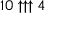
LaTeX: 1 0 \uparrow \uparrow \uparrow 4